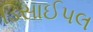
ડિસાઈપલ